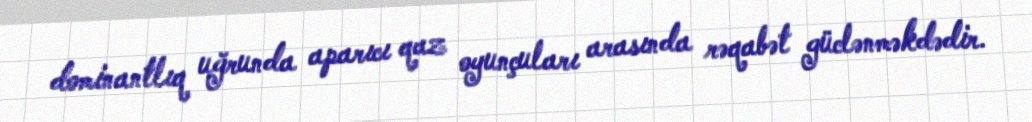
dominantlıq uğrunda aparıcı qaz oyunçuları arasında rəqabət güclənməkdədir.